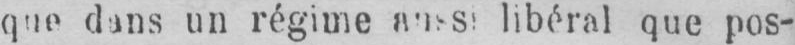
libéral que pos-